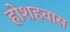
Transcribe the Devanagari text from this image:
होशहवास